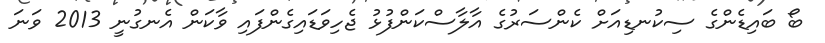
ބޯ ބައިޑެންގެ ސިކުނޑިއަށް ކެންސަރުގެ އާލާސްކަންފުޅު ޖެހިވަޑައިގެންފައި ވާކަން އެނގުނީ 2013 ވަނަ